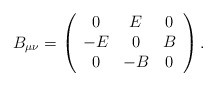
\begin{align*} B_{\mu\nu}=\left(\begin{array}{ccc}0&E&0 \\-E&0&B\\0&-B&0\end{array}\right).\end{align*}